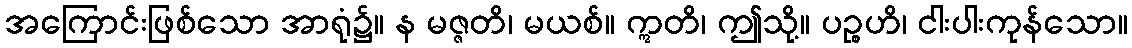
အကြောင်းဖြစ်သော အာရုံ၌။ န မဇ္ဇတိ၊ မယစ်။ ဣတိ၊ ဤသို့။ ပဉ္စဟိ၊ ငါးပါးကုန်သော။